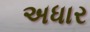
અધાર